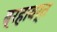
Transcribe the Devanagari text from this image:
ब्रहावर्त